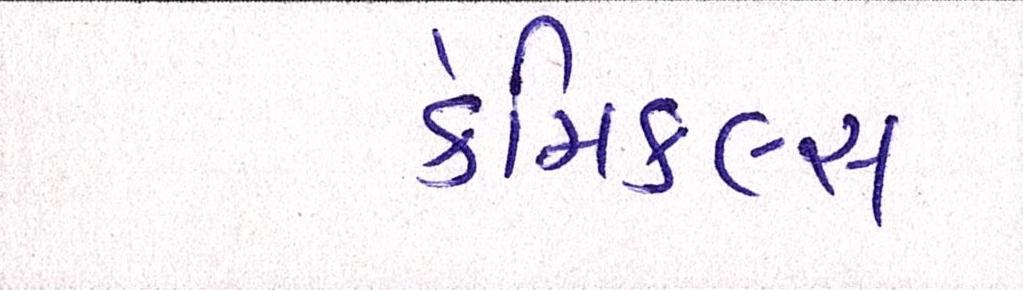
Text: કેમિકલ્સ